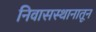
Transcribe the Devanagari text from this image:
निवासस्थानातून